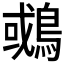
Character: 𪂉